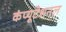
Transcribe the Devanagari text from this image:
कंप्‍यूटेशनल